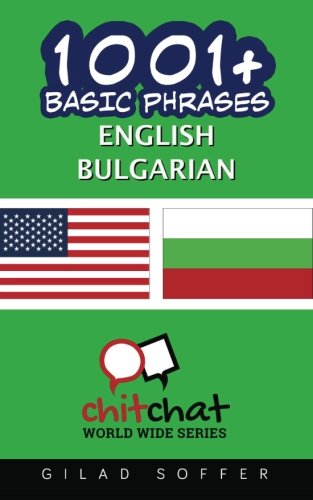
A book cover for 1001+ Basic Phrases English - Bulgarian; Gilad Soffer; Travel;